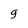
Character: 9